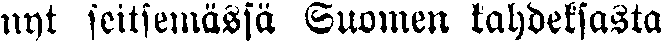
nyt seitsemässä Suomen kahdeksasta